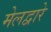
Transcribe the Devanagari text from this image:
मेलद्वारे